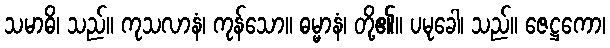
သမာဓိ၊ သည်။ ကုသလာနံ၊ ကုန်သော။ ဓမ္မာနံ၊ တို့၏။ ပမုခေါ၊ သည်။ ဇေဋ္ဌကော၊